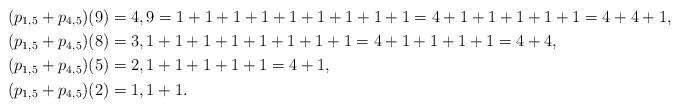
LaTeX: \begin{align*}(p_{1,5}+p_{4,5})(9)&=4,9=1+1+1+1+1+1+1+1+1=4+1+1+1+1+1=4+4+1,\\(p_{1,5}+p_{4,5})(8)&=3, 1+1+1+1+1+1+1+1=4+1+1+1+1=4+4,\\(p_{1,5}+p_{4,5})(5)&=2, 1+1+1+1+1=4+1,\\(p_{1,5}+p_{4,5})(2)&=1, 1+1.\end{align*}